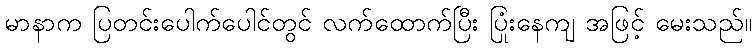
မာနာက ပြတင်းပေါက်ပေါင်တွင် လက်ထောက်ပြီး ပြုံးနေကျ အဖြင့် မေးသည်။